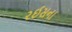
રઈસના